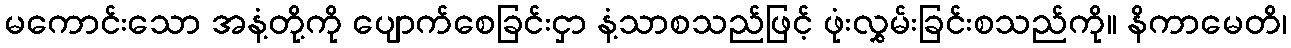
မကောင်းသော အနံ့တို့ကို ပျောက်စေခြင်းငှာ နံ့သာစသည်ဖြင့် ဖုံးလွှမ်းခြင်းစသည်ကို။ နိကာမေတိ၊